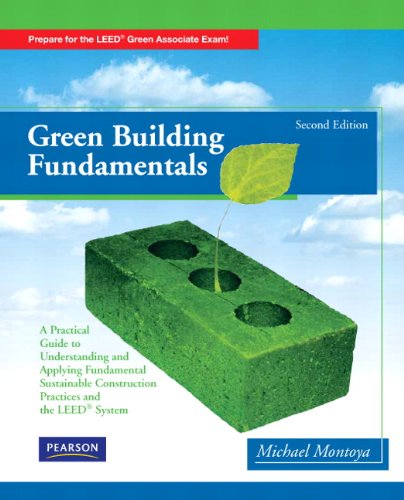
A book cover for Green Building Fundamentals (2nd Edition); Mike Montoya; Arts & Photography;